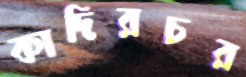
কাদিরচর